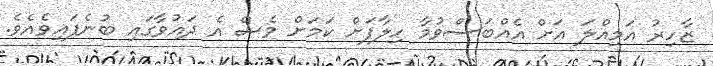
ޒާހިރު އަމިއްލަ އަށް އެއްބަސްވުމާ ހިލާފަށް ކަމަށް ވެސް އެ ދައުވާގައި ބުނެފައިވެއެވެ.